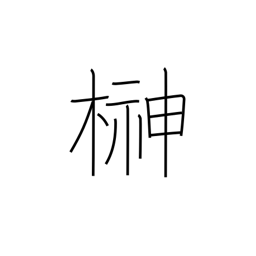
Meaning: sacred Shinto tree